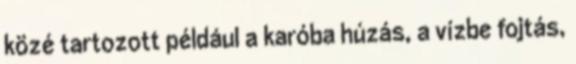
közé tartozott például a karóba húzás, a vízbe fojtás,